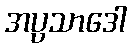
အပ္ပသာဒေါ